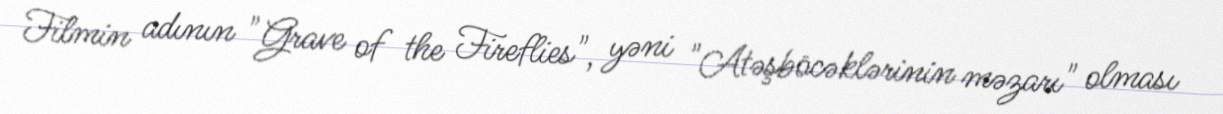
Filmin adının "Grave of the Fireflies", yəni "Atəşböcəklərinin məzarı" olması